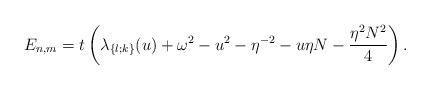
LaTeX: \begin{align*}E_{n,m}=t \left(\lambda_{\{l;k\}}(u)+\omega^2-u^2-\eta^{-2}-u \eta N-\frac{\eta^2N^2}{4}\right).\end{align*}